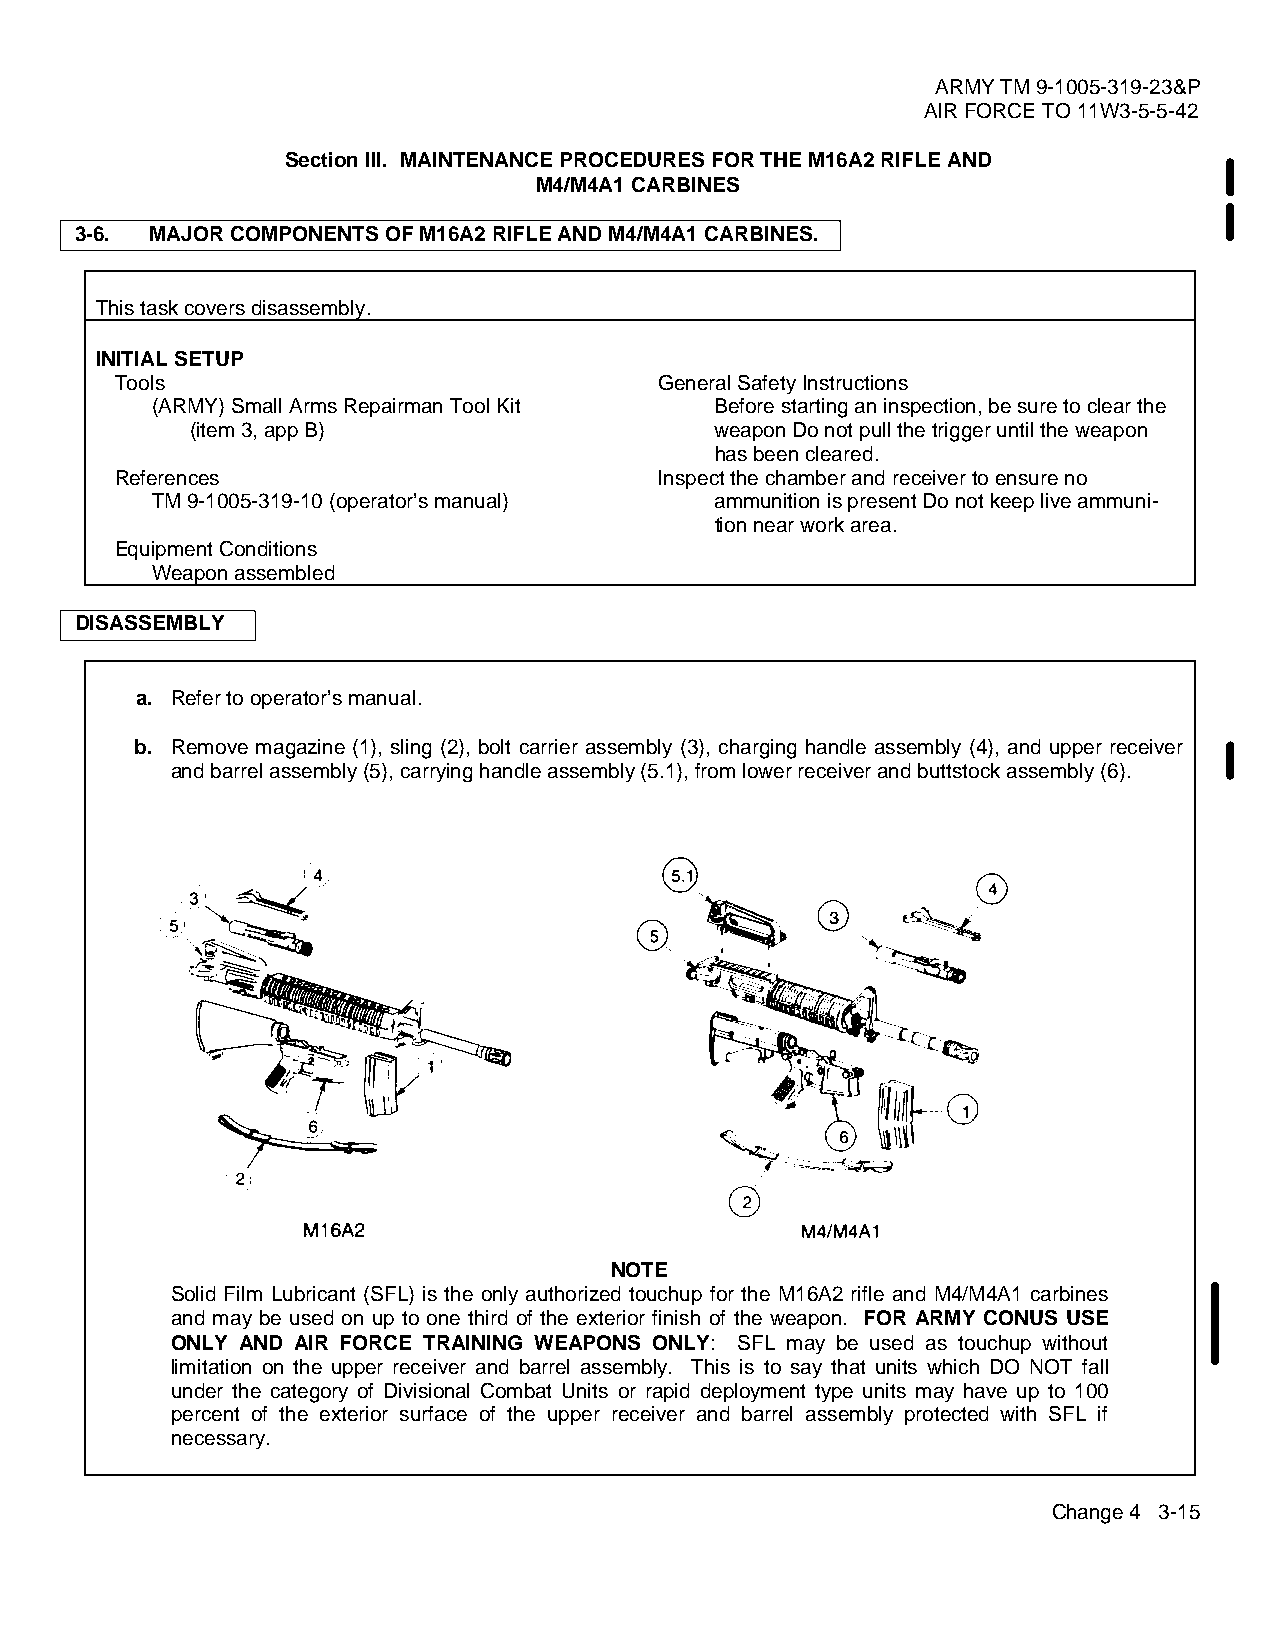
ARMY TM 9-1005-319-23&P
 AIR FORCE TO 11W3-5-5-42
 Section III. MAINTENANCE PROCEDURES FOR THE M16A2 RIFLE AND
 M4/M4A1 CARBINES
 3-6. MAJOR COMPONENTS OF M16A2 RIFLE AND M4/M4A1 CARBINES.
 This task covers disassembly.
 INITIAL SETUP
 Tools                               General Safety Instructions
 (ARMY) Small Arms Repairman Tool Kit Before starting an inspection, be sure to clear the
 (item 3, app B)                   weapon Do not pull the trigger until the weapon
 has been cleared.
 References                          Inspect the chamber and receiver to ensure no
 TM 9-1005-319-10 (operator’s manual) ammunition is present Do not keep live ammuni-
 tion near work area.
 Equipment Conditions
 Weapon assembled
 DISASSEMBLY
 a. Refer to operator’s manual.
 b. Remove magazine (1), sling (2), bolt carrier assembly (3), charging handle assembly (4), and upper receiver
 and barrel assembly (5), carrying handle assembly (5.1), from lower receiver and buttstock assembly (6).
 NOTE
 Solid Film Lubricant (SFL) is the only authorized touchup for the M16A2 rifle and M4/M4A1 carbines
 and may be used on up to one third of the exterior finish of the weapon. FOR ARMY CONUS USE
 ONLY AND AIR FORCE TRAINING WEAPONS ONLY: SFL may be used as touchup without
 limitation on the upper receiver and barrel assembly. This is to say that units which DO NOT fall
 under the category of Divisional Combat Units or rapid deployment type units may have up to 100
 percent of the exterior surface of the upper receiver and barrel assembly protected with SFL if
 necessary.
 Change 4 3-15